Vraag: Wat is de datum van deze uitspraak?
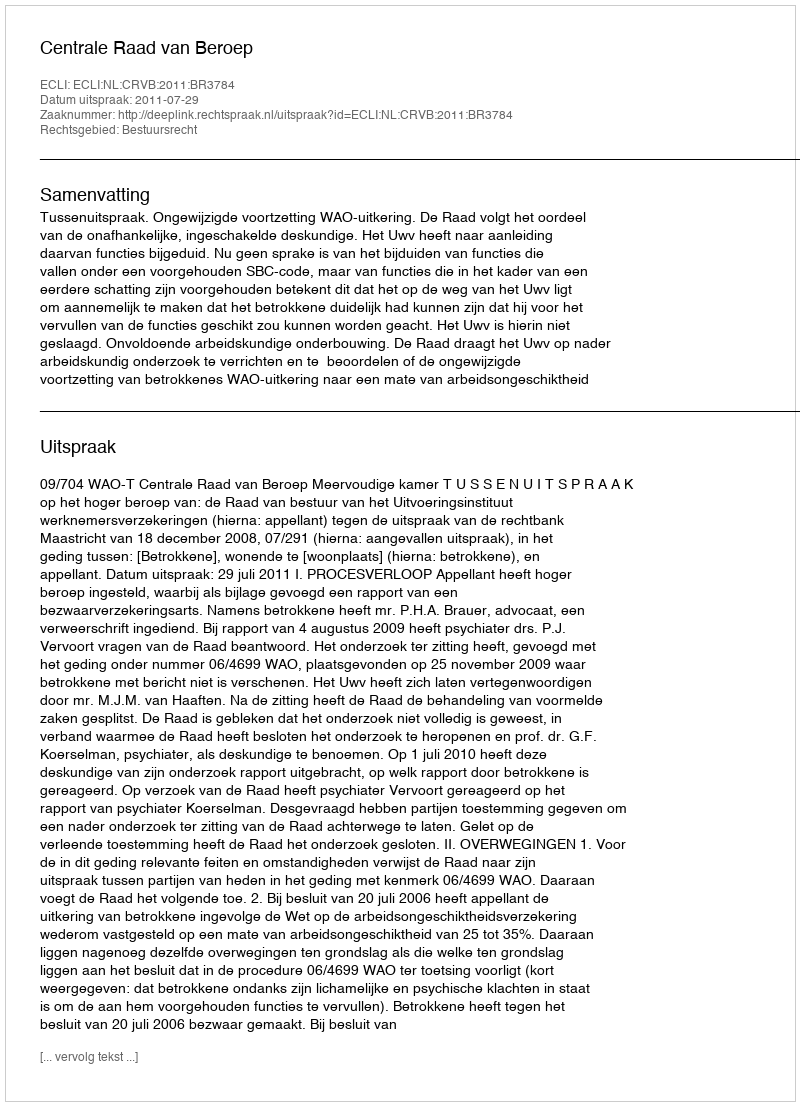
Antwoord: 2011-07-29